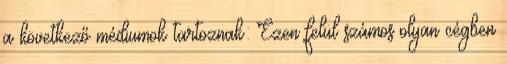
a következő médiumok tartoznak: Ezen felül számos olyan cégben